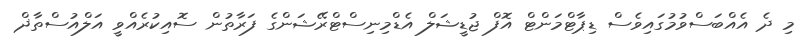
މި ދެ އެއްބަސްވުމުގައިވެސް ޑިޕާޓްމަންޓް އޮފް ޖުޑީޝަލް އެޑްމިނިސްޓްރޭޝަންގެ ފަރާތުން ސޮއިކުރެއްވީ އަލްއުސްތާޛް